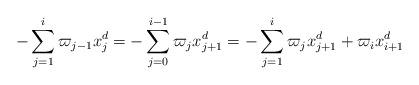
LaTeX: \begin{align*} -\sum_{j=1}^i \varpi_{j-1} x_j^d = -\sum_{j=0}^{i-1} \varpi_{j} x_{j+1}^d = -\sum_{j=1}^{i} \varpi_j x_{j+1}^d + \varpi_i x_{i+1}^d\end{align*}